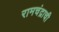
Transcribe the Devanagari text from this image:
रामचंद्राची